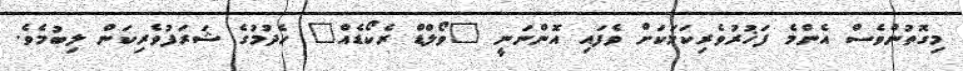
މިގޮތުންވެސް އެންމެ ފަޚުރުވެރިކަމަކަށް ވެފައި އޮންނަނީ "ވޯލްޑް ރެކޯޑެއް" ހެދުމުގެ ޝަރަފުވެރިކަން ލިބުމެވެ.